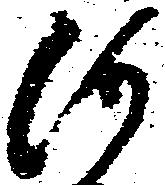
河